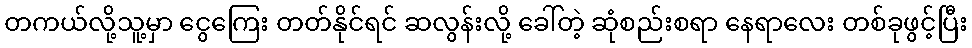
တကယ်လို့သူ့မှာ ငွေကြေး တတ်နိုင်ရင် ဆလွန်းလို့ ခေါ်တဲ့ ဆုံစည်းစရာ နေရာလေး တစ်ခုဖွင့်ပြီး